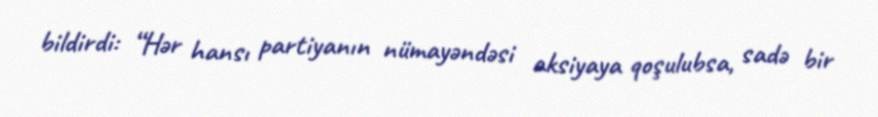
bildirdi: “Hər hansı partiyanın nümayəndəsi aksiyaya qoşulubsa, sadə bir